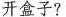
开盒子?